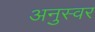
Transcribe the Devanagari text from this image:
अनुस्वर